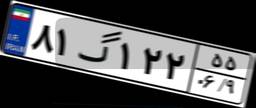
۸۱گ۱۲۲۵۵